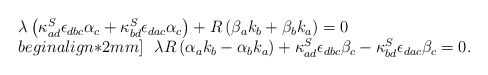
\begin{align*}\begin{array}{l}\lambda\left(\kappa^S_{ad}\epsilon_{dbc}\alpha_c+\kappa^S_{bd}\epsilon_{dac}\alpha_c\right) + R\left(\beta_ak_b+\beta_bk_a\right)=0 \\begin{align*}2mm]\ \ \lambda R\left(\alpha_ak_b-\alpha_bk_a\right)+\kappa^S_{ad}\epsilon_{dbc}\beta_c -\kappa^S_{bd}\epsilon_{dac}\beta_c =0.\\\end{array}\end{align*}